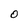
Character: O